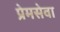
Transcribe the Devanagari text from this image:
प्रेमसेवा